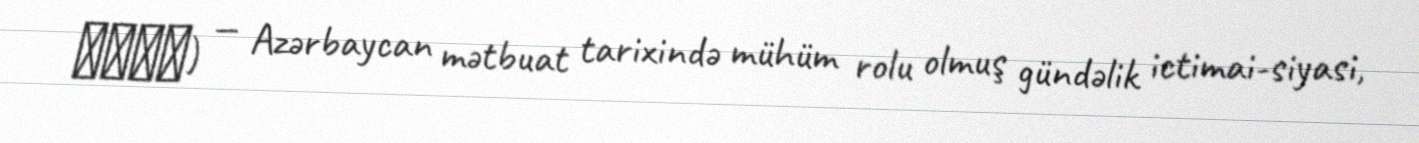
حیات) — Azərbaycan mətbuat tarixində mühüm rolu olmuş gündəlik ictimai-siyasi,